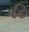
િ